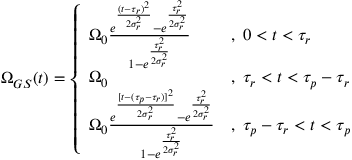
\Omega _ { G S } ( t ) = \left\{ \begin{array} { l l } { \Omega _ { 0 } \frac { e ^ { \frac { ( t - \tau _ { r } ) ^ { 2 } } { 2 \sigma _ { r } ^ { 2 } } } - e ^ { \frac { \tau _ { r } ^ { 2 } } { 2 \sigma _ { r } ^ { 2 } } } } { 1 - e ^ { \frac { \tau _ { r } ^ { 2 } } { 2 \sigma _ { r } ^ { 2 } } } } } & { , \; 0 < t < \tau _ { r } } \\ { \Omega _ { 0 } } & { , \; \tau _ { r } < t < \tau _ { p } - \tau _ { r } } \\ { \Omega _ { 0 } \frac { e ^ { \frac { [ t - ( \tau _ { p } - \tau _ { r } ) ] ^ { 2 } } { 2 \sigma _ { r } ^ { 2 } } } - e ^ { \frac { \tau _ { r } ^ { 2 } } { 2 \sigma _ { r } ^ { 2 } } } } { 1 - e ^ { \frac { \tau _ { r } ^ { 2 } } { 2 \sigma _ { r } ^ { 2 } } } } } & { , \; \tau _ { p } - \tau _ { r } < t < \tau _ { p } } \end{array} \right.